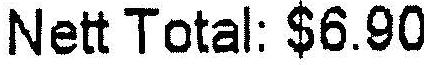
NETT TOTAL:$6.90